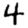
Digit: 4